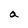
Character: a